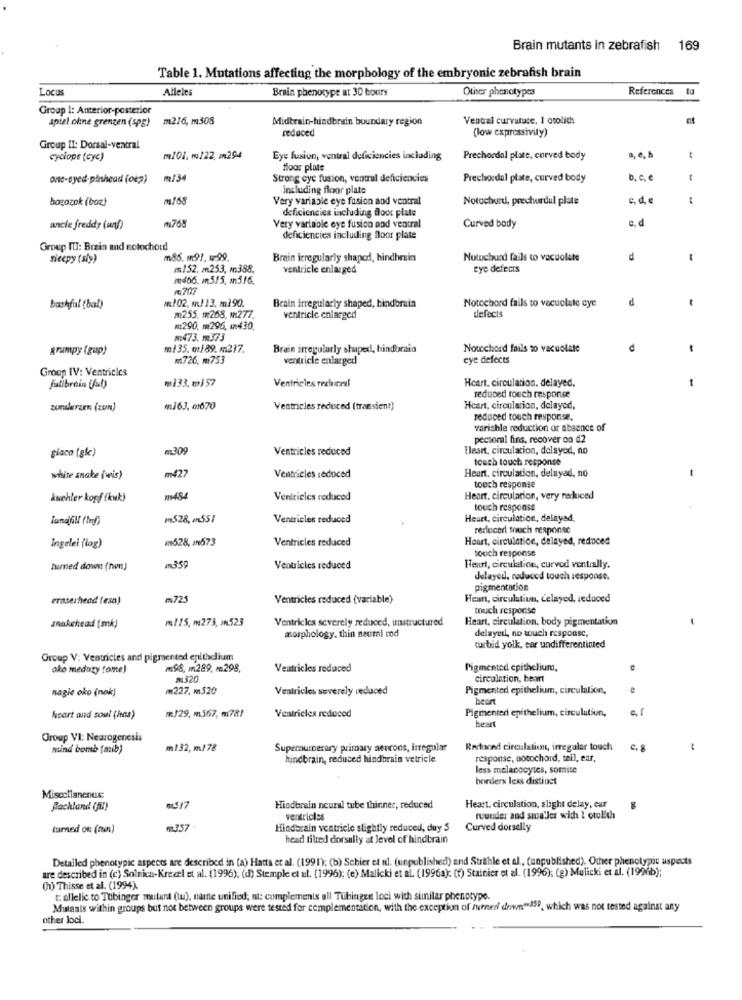
Brain mutants in zebrafish 169
Table 1. Mutations affecting the morphology of the embryonic zebrafish brain
Locus
Alleles
Brain phenotype at 30 bours
Other phenotypes
References
Group 1: Anterior-posterior
spiel ohne grenzen (spg)
m216, m308
Midbrain-hindbrein boundary region
Vental curvatace. 1 otolith
reduced
(low expressivity)
Group II: Dorsal-ventral
cyclops (cyc)
m/01. m/22 m294
Eye fusion, ventral deficiencies including
Prechordal plate, corved body
a, e, A
Hoor plate
ont-syed-pinhead (oe2)
m/34
Strong cyc fusion, ventral deficiencies
Prechordal plate, curved body
b, c, e
including floor plate
bogozok (boz)
Very variable eye fusion and ventral
Notochard, prechurdul plate
c. d. e
deficiencies including floor plats
c, d
uncle freddy (un))
₼768
Very varlaole eye fusion and ventral
Curved body
deficiencies including floor plate
Group ITI: Brain and notochord
siecpy (sig)
m86. m91, 199
Brain irregularly shaped, hindhrin
Notochund fails to vacuolete
2152. m253, m388,
ventricle enlarged
eye defects
₪466. m515, m516.
R.707
m.102, N/ 13. mì90.
d
bashfal (bal)
Brain irregularly shaped, bindbruin
Notochord fails to vacuolate aye
m:255. 1268. M.277.
ventricle enlarged
defects
m290, m296, 1430.
-473. ₪373
grumpy (gup)
m/ 35. qtl89. m.217.
Brain irregularly shaped, hindbrain
Notcchord fails to vacuolate
m726. m753
ventricle enlarged
eye defects
Group IV: Ventricles
Ventricles rechutexl
Heart. circulation. delayed.
fullbrain (fut)
₦133. w357
reduced touch response
zonderzen (zum)
mi63. 01670
Ventricles reduced (transient)
Heart, circulation, delayed,
reduced touch response,
variable reduction or absence of
pectoral fins, recover oa d2
#309
Ventricles reduced
[leart, circulacion, delayed, no
touch touch response
Heart, circulation, delayad, no
white snake (wis)
m427
Ventricles reduced
touch response
kuchler kopf (kuk)
Ventrieles reduced
Heart. circulation, very reduced
touch response
mn528, An551
Ventricles reduced
Heart, circulation, delayed,
redlocert touch response
mn628, m573
Ventricles reduced
Heart, circulation, delayed, reduced
Ingelei (log)
touch response
turned down (twn)
m359
Ventricles reduced
Heurt, circulation, curved ventrally.
delayed, reduced touch response.
pigmentacion
eraserhead (esa)
m72
Ventricles reduced (variable)
Heart, circulation, delayed, reduced
touch response
m/15, m273, on523
Ventricles severely reduced, unstructured
Heart, circulation, body pigmentation
snakehead [mk)
morphology, thin neumi rod
delayed, no touch response,
turbid yolk, ear undifferentiated
Group V: Ventricles and pigmented epithelium
oko medaty fome)
m96. m289, m298,
Ventricles reduced
Pigmented epithelium,
2320
circulation, heart
nagie oko (nok)
M227. m520
Ventricles severely reduced
Pigmented epithelium, circulation,
heart
m/29, m567, m78!
Pigmented epithelium, circulation,
e, f
heart and soul (has)
Ventricles reduced
heart
Group VI: Neurogenesis
mind bomb [mib)
m132, m)78
Supemurerary primary serrons, irregular
Redsced circulation, irregular touch
hindbrain, reduced hindbrain vetricle
response, nosochord, teil, ear,
less melanocytes, somite
borders leks distinct
Miscellanenus:
Backland (fi)
05/7
Hindbrain neural tube thinner, reduced
Heart, circulation, slight delay, eur
ventricles
rounder and since'ler with I otolith
turned on (mm)
r.357
Hindbrain ventricle slightly reduced, duy S
Curved dorselly
head tilred dorsully at level of hindbrain
Detailed phenotypic aspects are described in (a) Hatta et al. (1991); (b) Schier et al. (unpublished) and Strithle et al ., (unpublished). Other phenotypic aspects
are described in (c) Solnica-Krecel et al. (1996); (d) Stemple et al. (1996); (e) Malicki et al. (1996a): (f) Stainier et al. (1996); (g) Malicki et al. (1996b);
(h) Thisse et al. (1994).
t: allelie to Tubinger mutant (tu), name unified; nt: complements all Tübingen loci with similar phenotype.
Mutants within groups but not between groups were tested for cemplementation, with the exception of iurner down"SP, which was not tested against any
other loci.